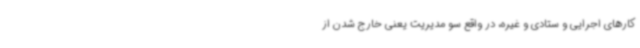
کارهای اجرایی و ستادی و غیره، در واقع سو مدیریت یعنی خارج شدن از